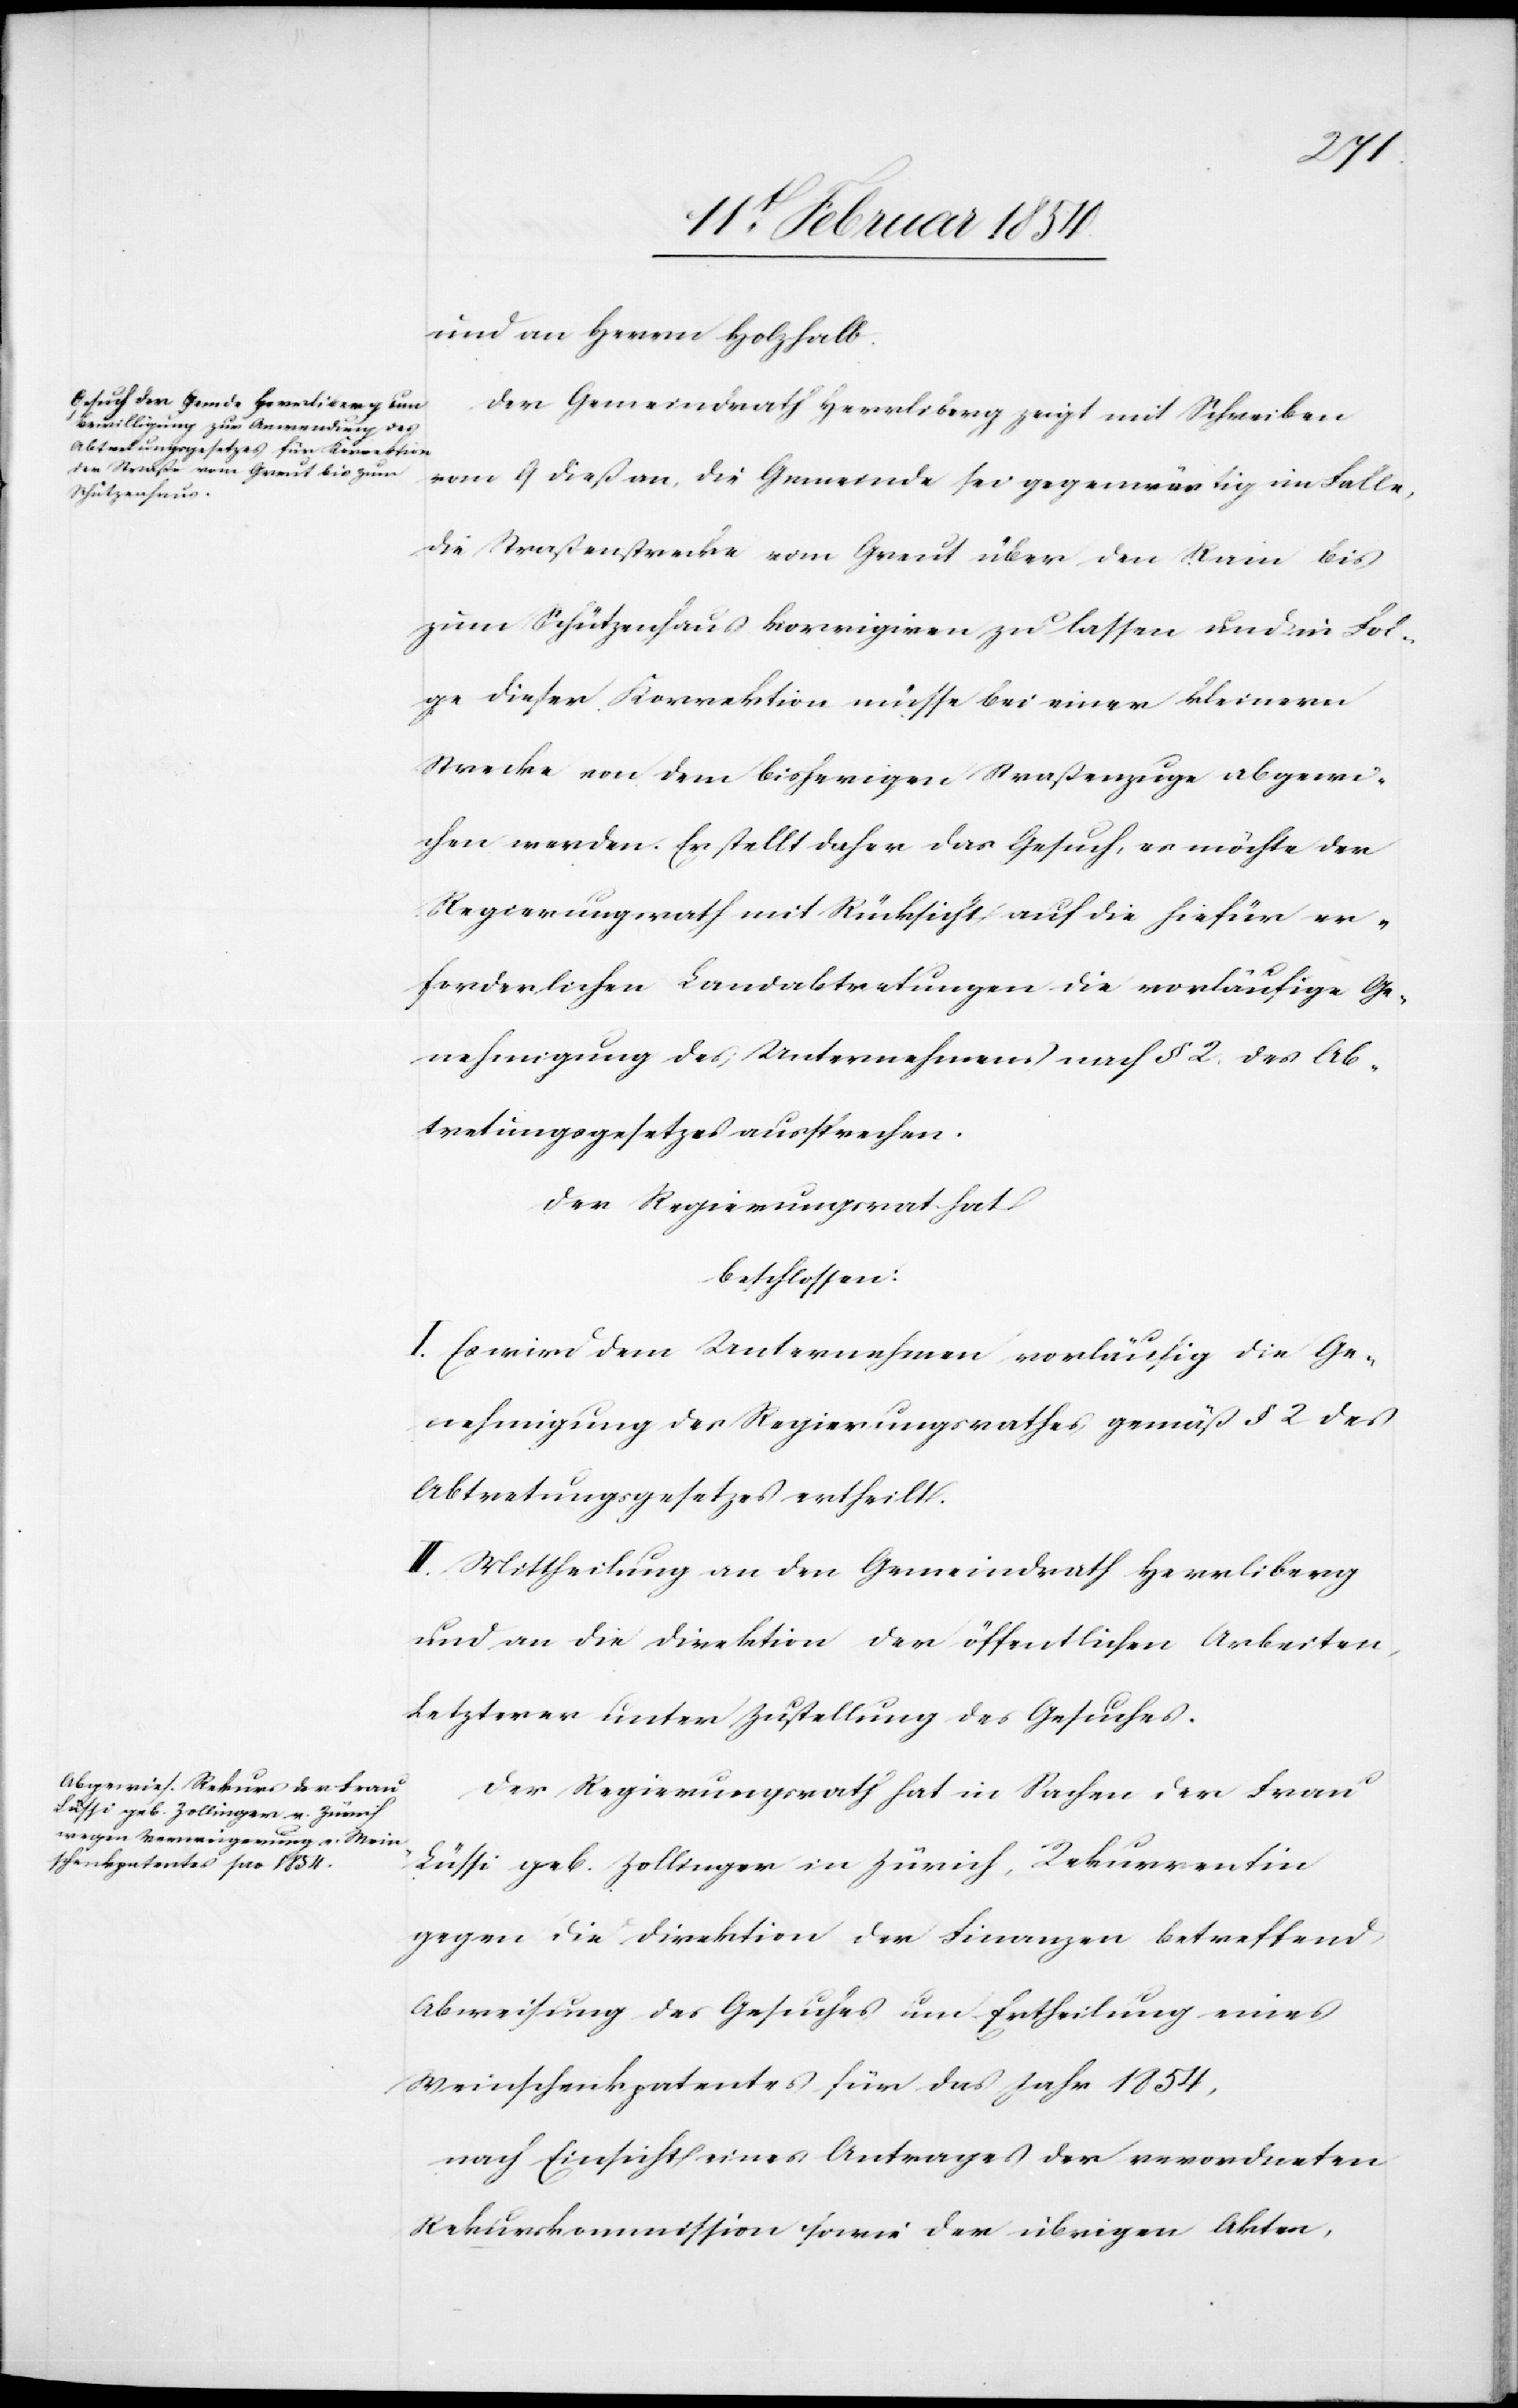
und an Herrn Holzhalb.
Der Gemeindrath Herrliberg zeigt mit Schreiben
vom 6 dieß an, die Gemeinde sei gegenwärtig im Falle,
die Straßenstrecke vom Greut über den Rain bis
zum Schützenhaus korrigiren zu lassen und in Fol¬
ge dieser Korrektion müsse bei einer kleinern
Strecke von dem bisherigen Straßenzuge abgewi¬
chen werden. Er stellt daher das Gesuch, es möchte der
Regierungsrath mit Rücksicht auf die hiefür er¬
forderlichen Landabtretungen die vorläufige Ge¬
nehmigung des Unternehmens nach § 2. des Ab¬
tretungsgesetzes aussprechen.
Der Regierungsrat[h] hat
beschlossen:
I. Es wird dem Unternehmen vorläufig die Ge¬
nehmigung des Regierungsrathes gemäß § 2 des
Abtretungsgesetzes ertheilt.
II. Mittheilung an den Gemeindrath Herrliberg
und an die Direktion der öffentlichen Arbeiten,
Letzterer unter Zustellung des Gesuches.
Der Regierungsrath hat in Sachen der Frau
Lüssi geb. Zollinger in Zürich, Rekurrentin
gegen die Direktion der Finanzen betreffend
Abweisung des Gesuches um Ertheilung eines
Weinschankpatentes für das Jahr 1854,
nach Einsicht eines Antrages der verordneten
Rekurskommission sowie der übrigen Akten,